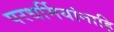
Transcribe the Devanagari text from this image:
परधर्मियांनाहि